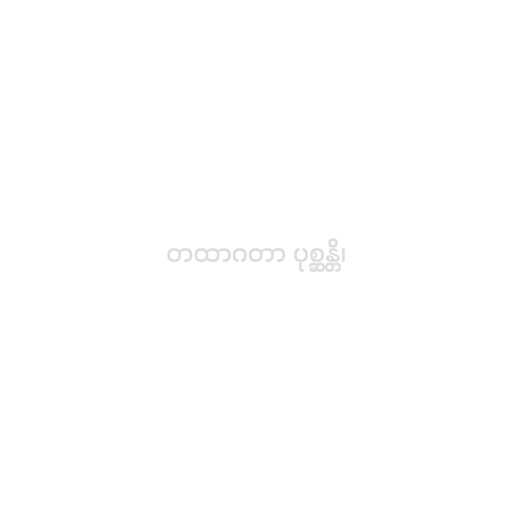
တထာဂတာ ပုစ္ဆန္တိ၊